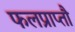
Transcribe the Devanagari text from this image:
फलप्राप्तौ